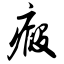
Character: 瘕